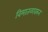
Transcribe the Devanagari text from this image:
विमातळावरुन